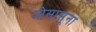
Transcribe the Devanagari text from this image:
ओसासूना